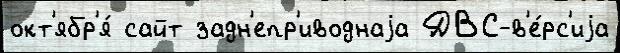
окт'ябр'я́ сайт задн'епр'иводнаjа ДВС-в'е́рс'иjа